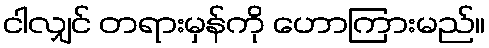
ငါလျှင် တရားမှန်ကို ဟောကြားမည်။